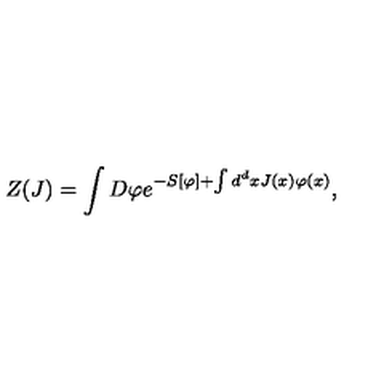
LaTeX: Z ( J ) = \int D \varphi e ^ { - S [ \varphi ] + \int d ^ { d } x J ( x ) \varphi ( x ) } ,